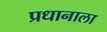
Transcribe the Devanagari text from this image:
प्रधानाला